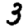
Digit: 3